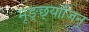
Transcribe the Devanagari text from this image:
मूङ्छ्यॉजिन्